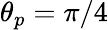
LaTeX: \theta_{p}=\pi/4